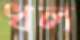
ধল